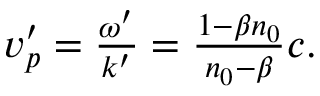
\begin{array} { r } { v _ { p } ^ { \prime } = \frac { \omega ^ { \prime } } { k ^ { \prime } } = \frac { 1 - \beta n _ { 0 } } { n _ { 0 } - \beta } c . } \end{array}